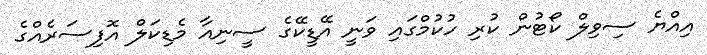
އިއްޔެ ސިވިލް ކޯޓުން ކުރި ހުކުމްގައި ވަނީ އޭޑީކޭގެ ސީނިއާ މެޑިކަލް އޮފިސަރެއްގެ